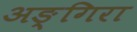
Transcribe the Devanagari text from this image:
अङ्गिरा